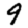
Digit: 9